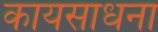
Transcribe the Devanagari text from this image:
कायसाधना